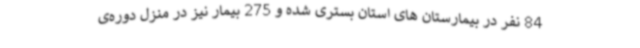
84 نفر در بیمارستان های استان بستری شده و 275 بیمار نیز در منزل دوره‌ی